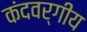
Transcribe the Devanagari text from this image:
कंदवर्गीय